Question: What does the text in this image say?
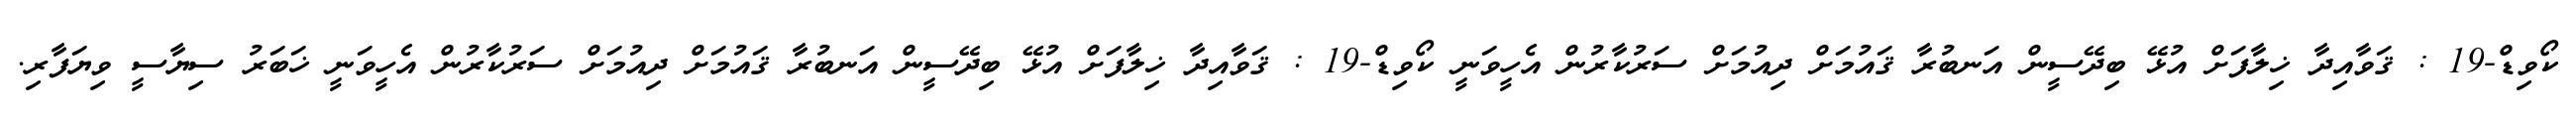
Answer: ކޯވިޑް-19 : ޤަވާއިދާ ޚިލާފަށް އުޅޭ ބިދޭސީން އަނބުރާ ޤައުމަށް ދިއުމަށް ސަރުކާރުން އެހީވަނީ ކޯވިޑް-19 : ޤަވާއިދާ ޚިލާފަށް އުޅޭ ބިދޭސީން އަނބުރާ ޤައުމަށް ދިއުމަށް ސަރުކާރުން އެހީވަނީ ޚަބަރު ސިޔާސީ ވިޔަފާރި.